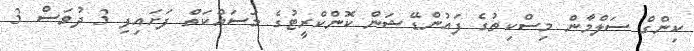
ކިންގް ސަލްމާން މިސްކިތުގެ ފައުންޑޭޝަން ކޮންކްރީޓުގެ މަސައްކަތް ފަށައިފި 3 ދުވަސް 3